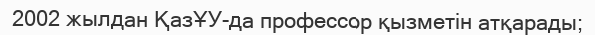
2002 жылдан ҚазҰУ-да профессор қызметін атқарады;